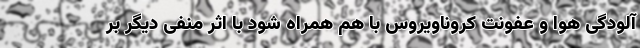
آلودگی هوا و عفونت کروناویروس با هم همراه شود با اثر منفی دیگر بر